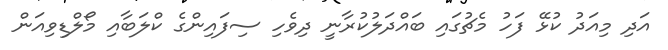
އަދި މިއަދު ކުޅޭ ފަހު މެޗުގައި ބައްދަލުކުރާނީ ދިވެހި ސިފައިންގެ ކްލަބާއި މޯލްޑިވިއަން